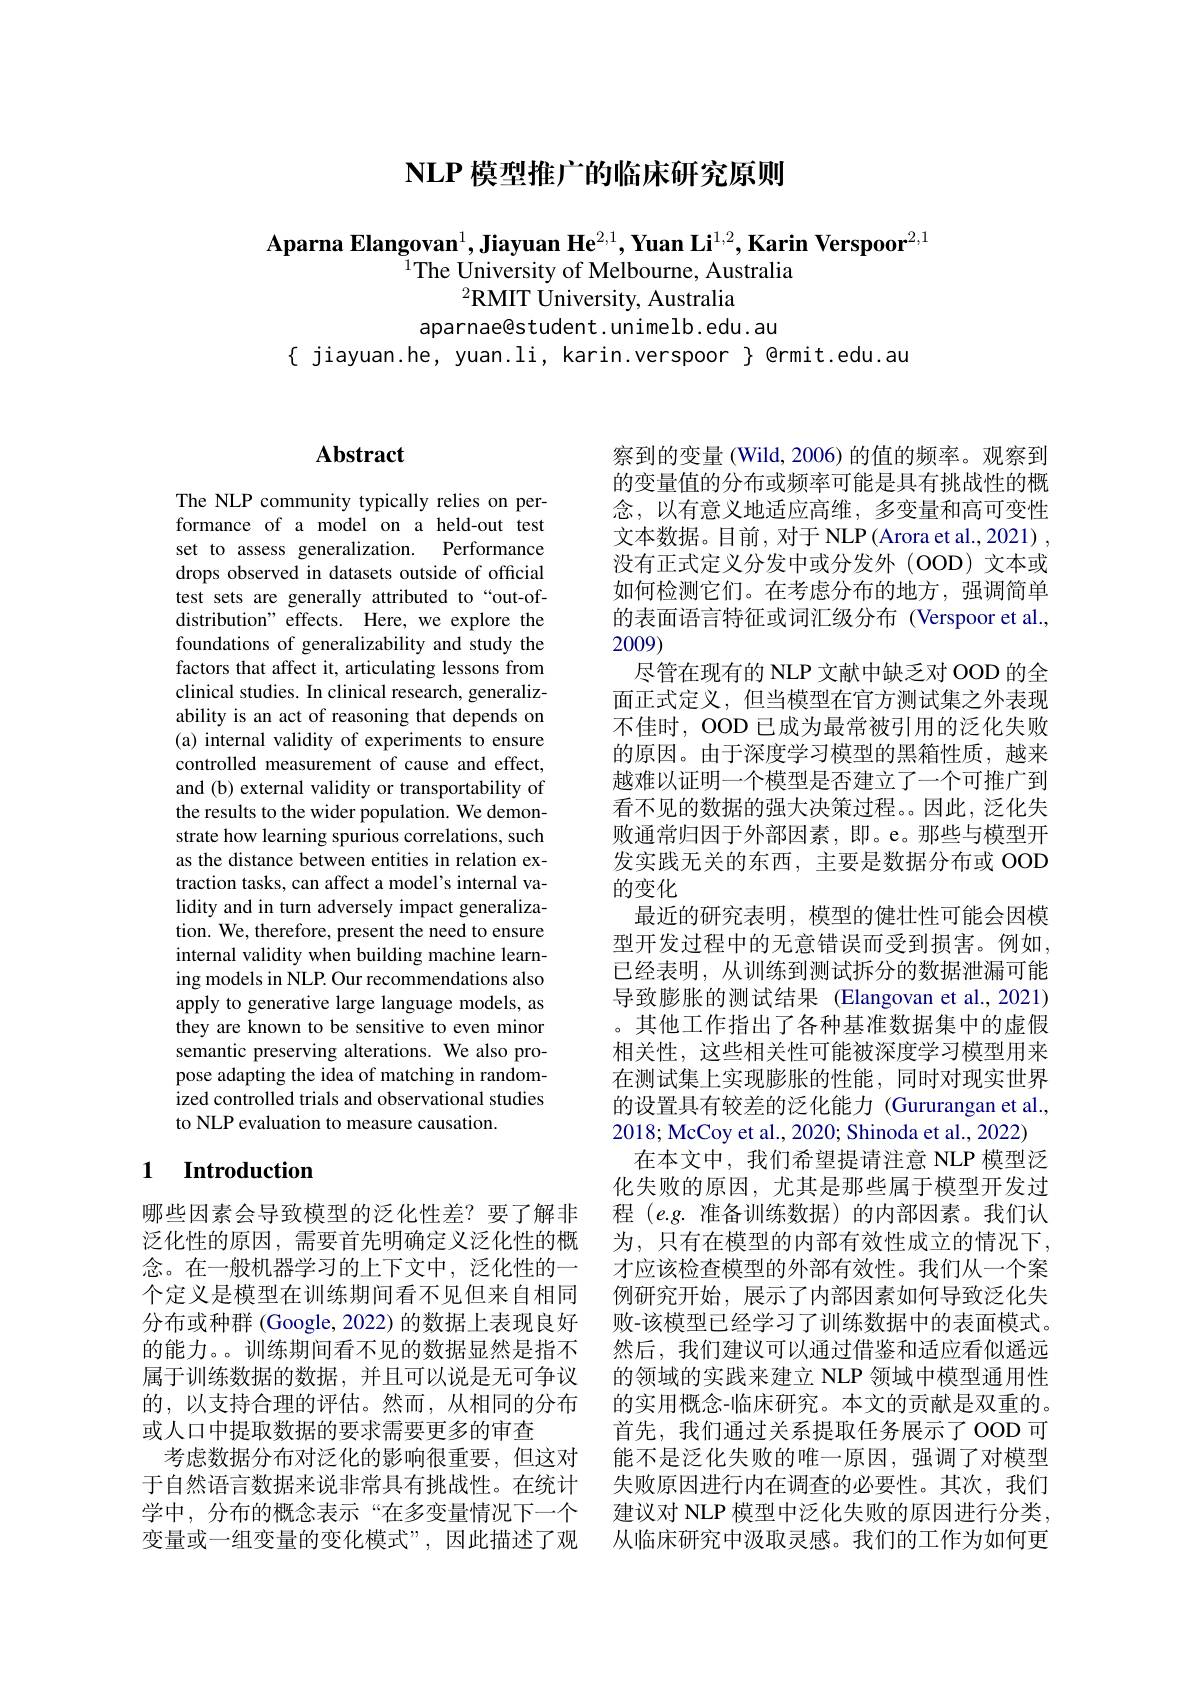
## $\mathbf{NLP}$模型推广的临床研究原则

Aparna Elangovan$^1$,Jiayuan He$^{2,1},\textbf{Yuan Li}^{1,2},\textbf{Karin Verspoor}^{2,1}$
$^{1}$The University of Melbourne, Australia
$^{2}\mathbf{RMIT}$ University, Australia
aparnae@student.unimelb.edu.au

$\{$ jiayuan.he, yuan.li, karin.verspoor $\}$ @rmit.edu.au

# Abstract

The NLP community typically relies on performance of a model on a held-out test set to assess generalization. Performance drops observed in datasets outside of official test sets are generally attributed to“out-ofdistribution" effects. Here, we explore the foundations of generalizability and study the factors that affect it, articulating lessons from clinical studies. In clinical research, generalizability is an act of reasoning that depends on (a) internal validity of experiments to ensure controlled measurement of cause and effect, and (b) external validity or transportability of the results to the wider population. We demonstrate how learning spurious correlations, such as the distance between entities in relation extraction tasks, can affect a model's internal validity and in turn adversely impact generalization. We, therefore, present the need to ensure internal validity when building machine learning models in NLP. Our recommendations also apply to generative large language models, as they are known to be sensitive to even minor semantic preserving alterations. We also propose adapting the idea of matching in randomized controlled trials and observational studies to NLP evaluation to measure causation.

### 1 $\textbf{Introduction}$

哪些因素会导致模型的泛化性差？要了解非念。在一般机器学习的上下文中，泛化性的一个定义是模型在训练期间看不见但来自相同分布或种群 (Google, 2022) 的数据上表现良好的能力。。训练期间看不见的数据显然是指不属于训练数据的数据，并且可以说是无可争议的，以支持合理的评估。然而，从相同的分布或人口中提取数据的要求需要更多的审查
考虑数据分布对泛化的影响很重要，但这对变量或一组变量的变化模式”,因此描述了观

的表面语言特征或词汇级分布 (Verspoor et al.,
2009)

察到的变量 (Wild, 2006) 的值的频率。观察到的变量值的分布或频率可能是具有挑战性的概念，以有意义地适应高维，多变量和高可变性文本数据。目前，对于 NLP (Arora et al., 2021) , 没有正式定义分发中或分发外(OOD)文本或如何检测它们。在考虑分布的地方，强调简单
尽管在现有的 NLP 文献中缺乏对 OOD 的全面正式定义，但当模型在官方测试集之外表现不佳时，OOD 已成为最常被引用的泛化失败的原因。由于深度学习模型的黑箱性质，越来越难以证明一个模型是否建立了一个可推广到看不见的数据的强大决策过程。因此，泛化失败通常归因于外部因素，即。e。那些与模型开发实践无关的东西，主要是数据分布或 OOD 的变化
最近的研究表明，模型的健壮性可能会因模型开发过程中的无意错误而受到损害。例如已经表明，从训练到测试拆分的数据泄漏可能导致膨胀的测试结果 (Elangovan et al.,2021) 。其他工作指出了各种基准数据集中的虚假相关性，这些相关性可能被深度学习模型用来在测试集上实现膨胀的性能，同时对现实世界的设置具有较差的泛化能力 (Gururangan et al., 2018; McCoy et al., 2020; Shinoda et al., 2022)
在本文中，我们希望提请注意 NLP 模型泛化失败的原因，尤其是那些属于模型开发过程$(e.g.$准备训练数据)的内部因素。我们认
泛化性的原因，需要首先明确定义泛化性的概 为，只有在模型的内部有效性成立的情况下，
才应该检查模型的外部有效性。我们从一个案例研究开始，展示了内部因素如何导致泛化失败-该模型已经学习了训练数据中的表面模式。然后，我们建议可以通过借鉴和适应看似遥远的领域的实践来建立 NLP 领域中模型通用性的实用概念-临床研究。本文的贡献是双重的。首先，我们通过关系提取任务展示了OOD可能不是泛化失败的唯一原因，强调了对模型
于自然语言数据来说非常具有挑战性。在统计 失败原因进行内在调查的必要性。其次，我们学中，分布的概念表示“在多变量情况下一个 建议对 NLP 模型中泛化失败的原因进行分类，
从临床研究中汲取灵感。我们的工作为如何更